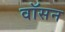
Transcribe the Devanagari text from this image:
वॉसन